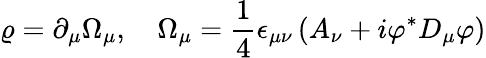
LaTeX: \varrho=\partial_{\mu}\Omega_{\mu},\quad\Omega_{\mu}=\frac 14\epsilon_{\mu\nu}\left(A_{\nu}+i\varphi^{*}D_{\mu}\varphi\right)